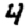
Digit: 4